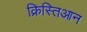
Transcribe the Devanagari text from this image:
क्रिस्तिआन